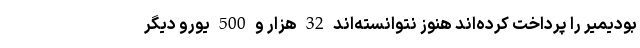
بودیمیر را پرداخت کرده‌اند هنوز نتوانسته‌اند 32 هزار و 500 یورو دیگر